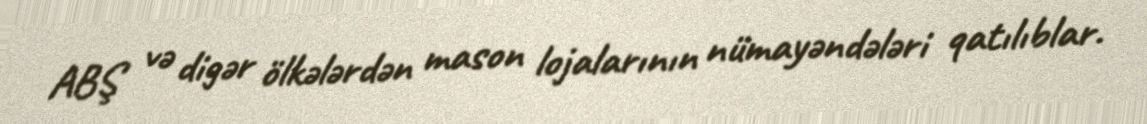
ABŞ və digər ölkələrdən mason lojalarının nümayəndələri qatılıblar.